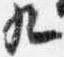
九